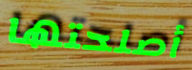
أصلحتها